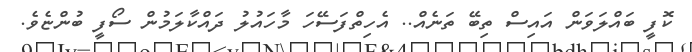
ކޮފީ ބައްލަވަން އައިސް ތިބޭ ތަނެއް.. އެހިތްފަސޭހަ މާހައުލު ދައްކާލަމުން ސޯފީ ބުންޏެވެ.